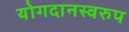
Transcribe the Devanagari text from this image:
योगदानस्वरुप